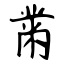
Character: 黹